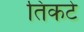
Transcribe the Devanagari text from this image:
तिकटे